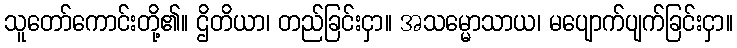
သူတော်ကောင်းတို့၏။ ဌိတိယာ၊ တည်ခြင်းငှာ။ အသမ္မောသာယ၊ မပျောက်ပျက်ခြင်းငှာ။